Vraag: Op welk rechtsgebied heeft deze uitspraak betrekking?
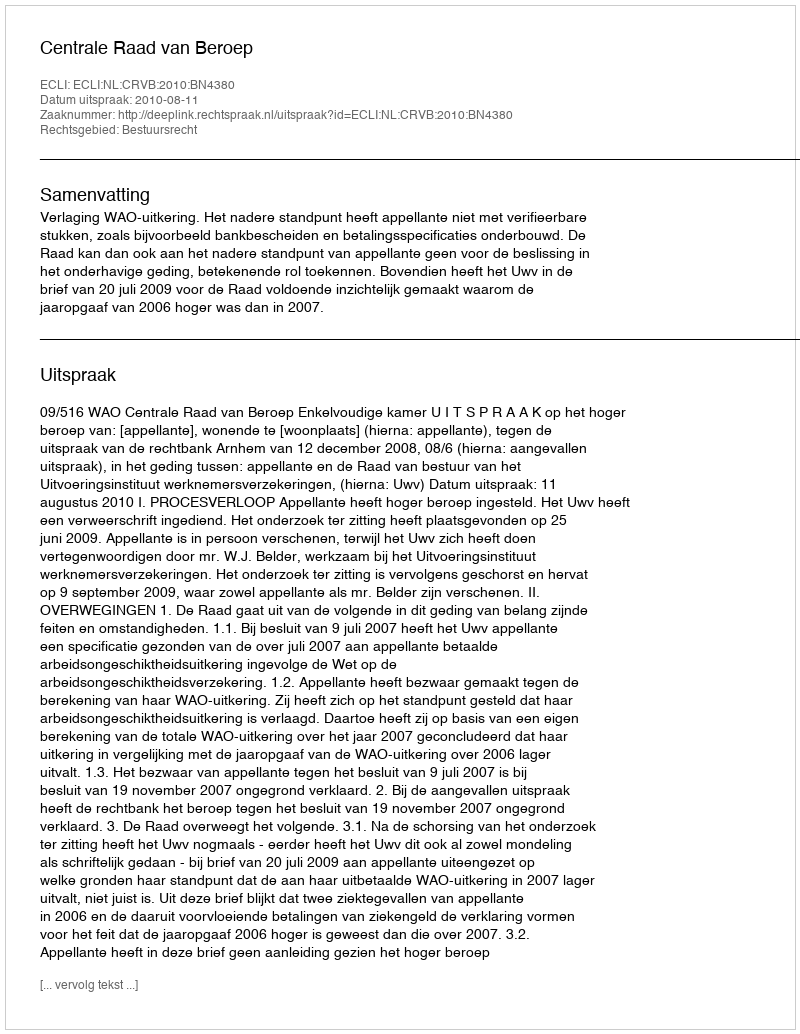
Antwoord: Bestuursrecht